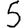
Digit: 5